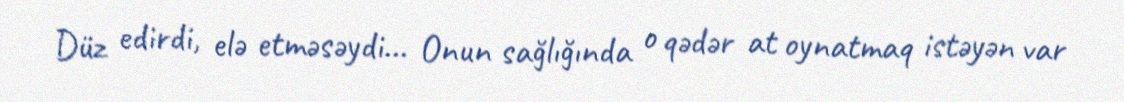
Düz edirdi, elə etməsəydi... Onun sağlığında o qədər at oynatmaq istəyən var